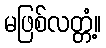
မဖြစ်လတ္တံ့။